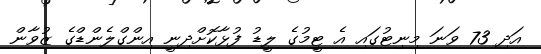
އަދި 73 ވަނަ މިނިޓުގައި އެ ޓީމުގެ ލީޑު ފުޅާކޮށްދިނީ އިންގްލެންޑްގެ ޒުވާން